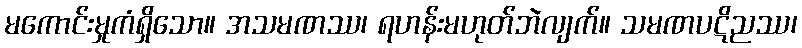
မကောင်းမှုကံရှိသော။ အသမဏဿ၊ ရဟန်းမဟုတ်ဘဲလျက်။ သမဏပဋိညဿ၊